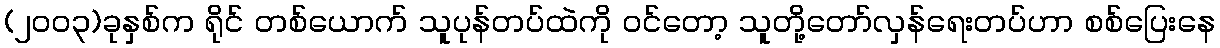
(၂၀၀၃)ခုနှစ်က ရိုင် တစ်ယောက် သူပုန်တပ်ထဲကို ဝင်တော့ သူတို့တော်လှန်ရေးတပ်ဟာ စစ်ပြေးနေ